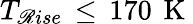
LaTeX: T_{\mathscr{R}ise}\, \leq\, 170\, \mathrm{{~K~}}